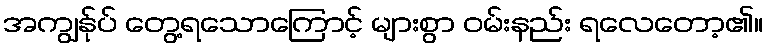
အကျွန်ုပ် တွေ့ရသောကြောင့် များစွာ ဝမ်းနည်း ရလေတော့၏။